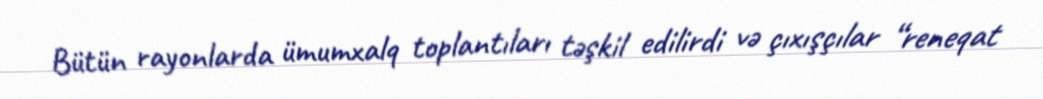
Bütün rayonlarda ümumxalq toplantıları təşkil edilirdi və çıxışçılar “reneqat